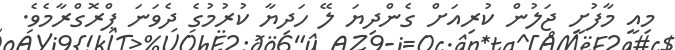
މިއީ މާފުށީ ޖަލުން ކުރިއަށް ގެންދިޔަ ލޭ ހަދިޔާ ކުރުމުގެ ދެވަނަ ޕްރޮގްރާމެވެ.